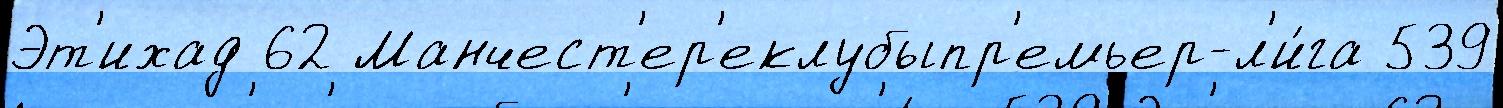
Эт'ихад 62 Манчест'ер'еклубыпр'емьер-л'и́га 539